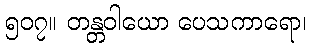
၅၀၇။ တန္တဝါယော ပေသကာရော၊